system: You are a helpful assistant.
user:
Analyze the provided spectrum to determine if it is a **White Dwarf (WD)**.

A White Dwarf spectrum is defined by its **extreme purity** (due to gravitational settling) and/or **extreme pressure broadening** (due to high surface gravity). You must check for one of the following mutually exclusive signatures:

- **Key Visual Indicators (Check for ONE of these types):**

    - **1. DA-Type Signature (Most Common):**
        - **(Primary Feature):** Extreme pressure broadening (Stark broadening) of the **Hydrogen (H) Balmer lines**.
        - **(Key Lines):** $H\beta$ (approx. $4861$ Å) and $H\gamma$ (approx. $4340$ Å). $H\alpha$ (approx. $6563$ Å) will also be present if the wavelength range covers it.
        - **(Line Profile):** This is the **defining feature**. The lines are **NOT** sharp. They appear as massive, **extremely broad and deep "troughs" or "dips"** in the spectrum, often hundreds of Ångströms wide. The continuum will appear to "scoop" down at these wavelengths.
        - **(Distinction):** Normal A-type or B-type stars have *narrow* and *sharp* Hydrogen lines. A DA White Dwarf's lines are unmistakably "smeared" or "blurry" from pressure.

    - **2. DB-Type Signature:**
        - **(Primary Feature):** Broad absorption lines from **Neutral Helium (He I)**. The spectrum must lack any visible Hydrogen lines.
        - **(Key Lines):** Look for broad absorption near $4471$ Å, $4921$ Å, and $5876$ Å.
        - **(Line Profile):** These lines are also significantly pressure-broadened, appearing much wider than they would in a normal B-type main-sequence star.

    - **3. DC-Type Signature:**
        - **(Primary Feature):** A **featureless continuous spectrum**.
        - **(Line Profile):** The spectrum is a smooth curve with **no significant absorption or emission lines**.
        - **(Key Confirmation):** The continuum is almost always **blue or white**, indicating a hot object. This signature implies the atmosphere is so pure (or so cool) that no spectral lines are visible in the optical range. Its WD identity is confirmed by its extremely low intrinsic brightness (high absolute magnitude).

    - **4. DZ-Type Signature (Metal-Polluted):**
        - **(Primary Feature):** **Isolated, narrow metal absorption lines** on an otherwise featureless (DC-like) continuum.
        - **(Key Lines):** The **Calcium (Ca II) H & K doublet** (approx. **$3934$ Å** and **$3968$ Å**) is the most common and defining feature.
        - **(Line Profile):** These lines are "out of place." They are *not* part of a "forest" of thousands of lines. This signature is evidence of recent *accretion* (pollution) from rocky debris.
        - **(Distinction):** Normal G/K/M stars have a *dense forest* of thousands of metal lines. A DZ has a *clean* continuum with *only a few* strong metal lines.

    - **5. DQ-Type Signature (Carbon-Polluted):**
        - **(Primary Feature):** Absorption bands from **Carbon (C₂ "Swan Bands" or atomic C I)**.
        - **(Key Lines - C₂):** Look for bandheads with a "saw-tooth" shape near $5635$ Å, **$5165$ Å** (strongest), and $4737$ Å.
        - **(Key Confirmation):** The underlying **continuum must be blue or white** (hot).
        - **(Distinction):** This is the critical difference from a **Carbon Star**, which has the *exact same* C₂ bands but on an extremely **red, cool** continuum.

- **(Overall Spectrum):**
    - The continuum (overall shape) is typically **blue-sloping** (brighter in the blue than the red), as most white dwarfs are very hot.
    - The spectrum will look "pure" or "simple," dominated by only *one* of the five signatures listed above.

Think first, call **spectral_visualization_tool** if needed to examine features in detail, then provide your final answer. Your response must adhere to the following strict rules:
1.  **Overall Structure:** Your response must follow the format `<think>...</think> <tool_call>...</tool_call> (if a tool is used) <answer>...</answer>`.
2.  **Tool Usage Constraint:** You may only make **one** tool call per turn.
3.  **Final Answer Format:** In the `<answer>` tag, your conclusion must be inside a `\boxed{}` command (e.g., `\boxed{YES}` or `\boxed{NO}`), followed by your justification.

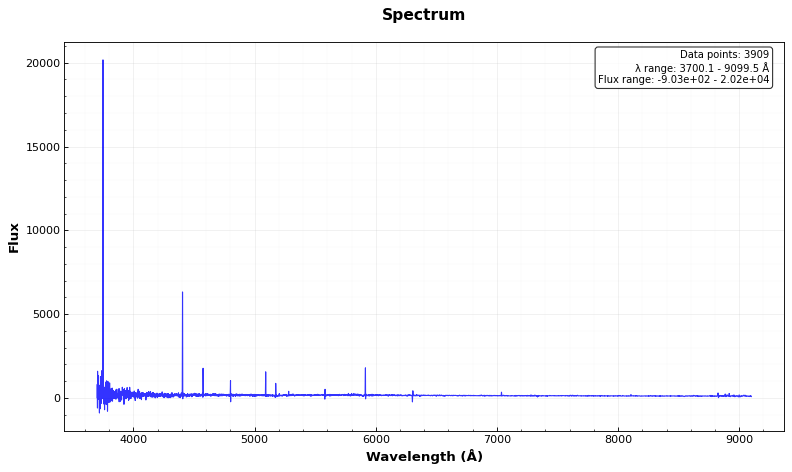
Answer: NO